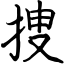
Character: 捜